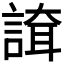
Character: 𧪇